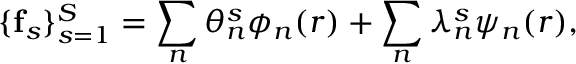
\{ \mathbf { f } _ { s } \} _ { s = 1 } ^ { S } = \sum _ { n } \theta _ { n } ^ { s } \phi _ { n } ( \boldsymbol { r } ) + \sum _ { n } \lambda _ { n } ^ { s } \psi _ { n } ( \boldsymbol { r } ) ,